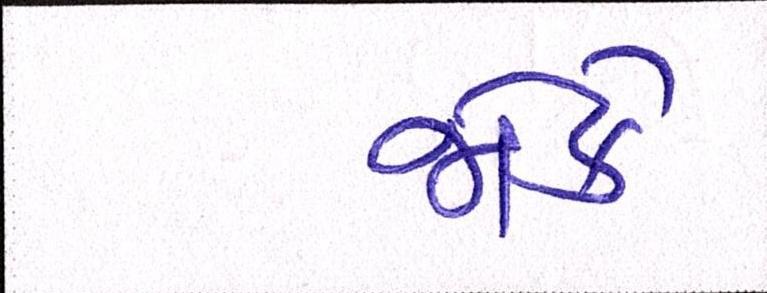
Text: જોકે